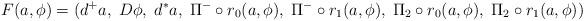
LaTeX: \begin{align*}F(a, \phi)=(d^+a,\; D\phi,\; d^{\ast}a,\; \Pi^- \circ r_0(a,\phi),\; \Pi^- \circ r_1(a, \phi),\; \Pi_2 \circ r_0(a, \phi), \;\Pi_2 \circ r_1(a, \phi))\end{align*}